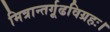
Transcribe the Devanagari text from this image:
मित्रान्तर्गूढविग्रहः।